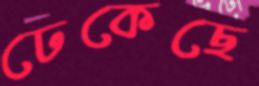
ঢেকেছে